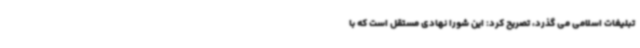
تبلیغات اسلامی می گذرد، تصریح کرد: این شورا نهادی مستقل است که با